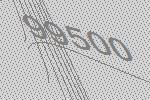
99500